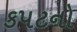
કપટનો